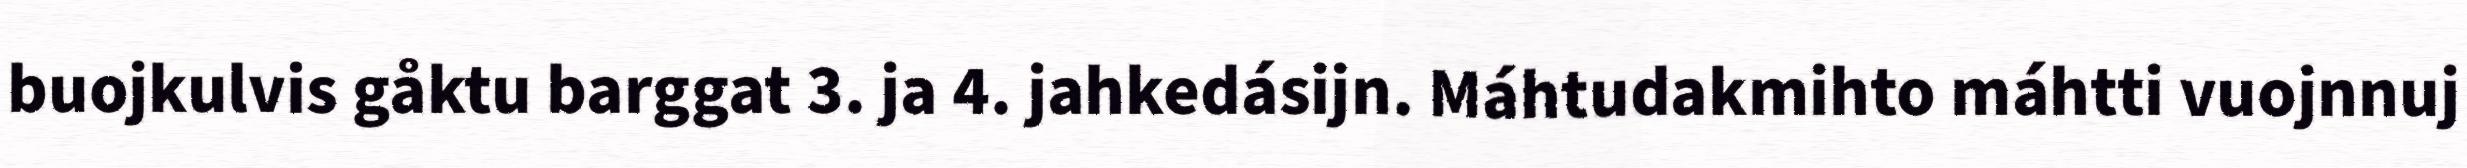
buojkulvis gåktu barggat 3. ja 4. jahkedásijn. Máhtudakmihto máhtti vuojnnuj